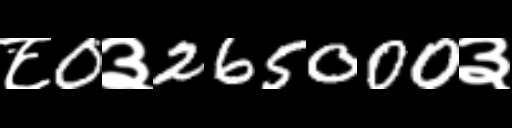
Text: ८0३265000३